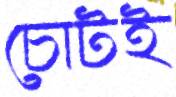
চোটই